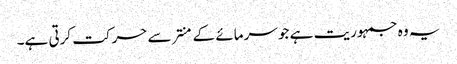
یہ وہ جمہوریت ہے جو سرمائے کے منتر سے حرکت کرتی ہے۔